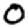
Digit: 0